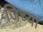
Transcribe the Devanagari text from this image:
जिच्‍या